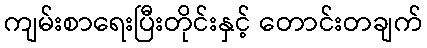
ကျမ်းစာရေးပြီးတိုင်းနှင့် တောင်းတချက်